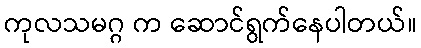
ကုလသမဂ္ဂ က ဆောင်ရွက်နေပါတယ်။